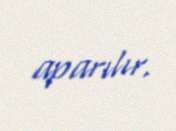
aparılır.